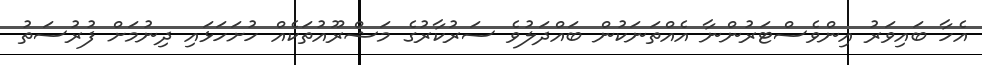
އެހާ ބައިވަރު އިންވެސްޓަރުންނާ އެއްތަނަކުން ބައްދަލުވެ ސަރުކާރުގެ މަޝްރޫއުތަކެއް ހުށަހަޅައި ދިނުމަށް ފުރުސަތު